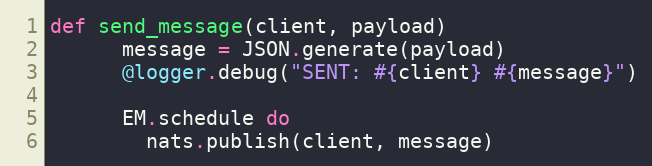
Language: Ruby
def send_message(client, payload)
      message = JSON.generate(payload)
      @logger.debug("SENT: #{client} #{message}")

      EM.schedule do
        nats.publish(client, message)